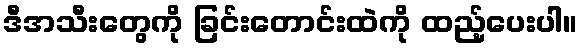
ဒီအသီးတွေကို ခြင်းတောင်းထဲကို ထည့်ပေးပါ။